Report on sanitation, dispensaries, and jails in Rajputana for 1920, and on vaccination for the year 1920-1921 - 1920-1921
Year: 1920
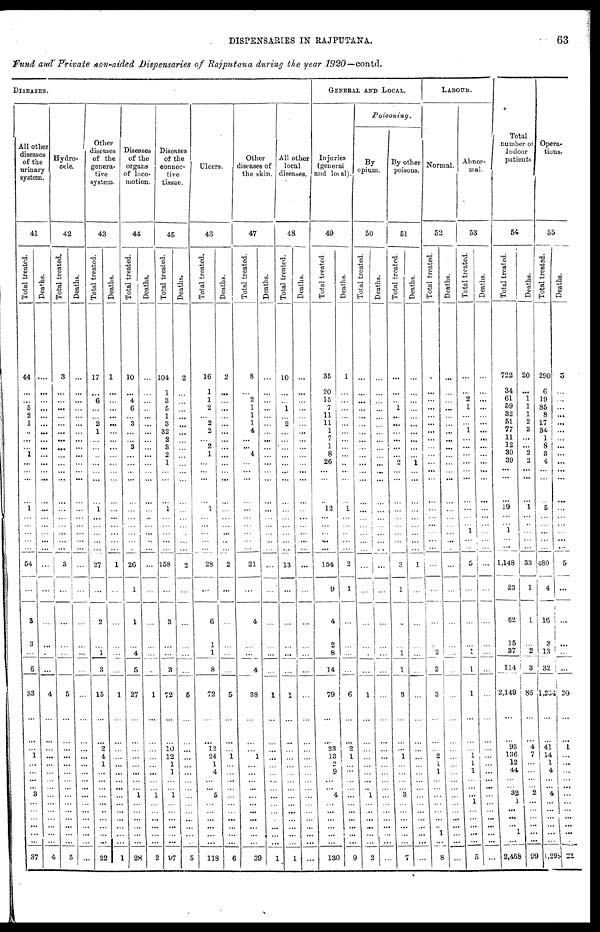
DISPENSARIES IN RAJPUTANA.
63
fund and Private non-aided Dispensaries of Rajputana during the year 1920—contd.
DISEASES.
All other
diseases
of the
urinary
system.
41
Total treated.
44
...
...
5
2
1
...
...
...
1
...
...
...
...
1
...
...
...
...
...
54
...
3
3
...
6
33
...
...
... 1
...
...
...
... 3
...
...
...
...
...
...
37
Deaths.
...
...
...
...
...
...
...
...
...
...
...
...
...
...
...
...
...
...
...
...
...
...
...
...
...
...
4
...
...
...
...
...
...
...
...
...
...
...
...
...
...
...
4
Hydro¬
cele.
42
Total treated.
3
...
...
...
...
...
...
...
...
...
...
...
...
...
...
...
...
...
...
...
3
...
...
...
...
...
5
...
...
...
...
...
...
...
...
...
...
...
...
...
...
...
5
Deaths.
...
...
...
...
...
...
...
...
...
...
...
...
...
...
...
...
...
...
...
...
...
...
...
...
...
...
...
...
...
...
...
...
...
...
...
...
...
...
...
...
...
...
...
Other
diseases
of the
genera-
tive
system.
43
Total treated.
17
...
6
...
...
2
1
...
...
...
...
...
...
...
1
...
...
...
...
...
27
...
2
...
1
3
15
...
...
2
4
1
...
...
...
...
...
...
...
...
...
...
22
Deaths.
1
...
...
...
...
...
...
...
...
...
...
...
...
...
...
...
...
...
...
...
1
...
...
...
...
...
1
...
...
...
...
...
...
...
...
...
...
...
...
...
...
...
1
diseases
of the
organs
of loco-
motion.
44
Total treated.
10
...
4
6
...
3
...
...
3
...
...
...
...
...
...
...
...
...
...
...
26
1
1
...
4
5
27
...
...
...
...
...
...
...
...
1
...
...
...
...
...
...
28
Deaths.
...
...
...
...
...
...
...
...
...
...
...
...
...
...
...
...
...
...
...
...
...
...
...
...
...
...
1
...
...
...
...
...
...
...
...
1
...
...
...
...
...
...
2
Diseases
of the
connec-
tive
tissue.
45
Total treated.
104
1
3
5
1
3
32
2
3
2
1
...
...
...
1
...
...
...
...
...
158
...
3
...
...
3
72
...
...
10
12
1
1
...
...
1
...
...
...
...
...
...
97
Deaths.
2
...
...
...
...
...
...
...
...
...
...
...
...
...
...
...
...
...
...
...
2
...
...
...
...
...
5
...
...
...
...
...
...
...
...
...
...
...
...
...
...
...
5
Ulcers.
46
Total treated.
16
1
1
2
...
2
2
...
2
1
...
...
...
...
1
...
...
...
...
...
28
...
6
1
1
8
72
...
...
12
24
1
4
...
... 5
...
...
...
...
...
...
118
Deaths.
2
...
...
...
...
...
...
...
...
...
...
...
...
...
...
...
...
...
...
...
2
...
...
...
...
...
5
...
...
...
1
...
...
...
...
...
...
...
...
...
...
...
6
Other
diseases of
the skin.
47
Total treated.
8
...
2
1
1
1
4
...
... 4
...
...
...
...
...
...
...
...
...
...
21
...
4
...
...
4
38
...
...
...
1
...
...
...
...
...
...
...
...
...
...
...
39
Deaths.
...
...
...
...
...
...
...
...
...
...
...
...
...
...
...
...
...
...
...
...
...
...
...
...
...
...
1
...
...
...
...
...
...
...
...
...
...
...
...
...
...
...
1
all other
local
diseases.
48
Total treated.
10
...
...
1
...
2
...
...
...
...
...
...
...
...
...
...
...
...
...
...
13
...
...
...
...
...
1
...
...
...
...
...
...
...
...
...
...
...
...
...
...
...
1
Deaths.
...
...
...
...
...
...
...
...
...
...
...
...
...
...
...
...
...
...
...
...
...
...
...
...
...
...
...
...
...
...
...
...
...
...
...
...
...
...
...
...
...
...
...
GENERAL AND LOCAL.
Injuries
(general
and local).
49
Total treated.
35
20
15
7
11
11
1
7
1
8
26
...
...
...
12
...
...
...
...
...
154
9
4
2
8
14
79
...
...
23
13
2
9
...
... 4
...
...
...
...
...
...
130
Deaths.
1
...
...
...
...
...
...
...
...
...
...
...
...
...
1
...
...
...
...
...
2
1
...
...
...
...
6
...
...
2
1
...
...
...
...
...
...
...
...
...
...
...
9
Poisoning.
By
opium.
50
Total treated.
...
...
...
...
...
...
...
...
...
...
...
...
...
...
...
...
...
...
...
...
...
...
...
...
...
...
1
...
...
...
...
...
...
...
... 1
...
...
...
...
...
...
2
Deaths.
...
...
...
...
...
...
...
...
...
...
...
...
...
...
...
...
...
...
...
...
...
...
...
...
...
...
...
...
...
...
...
...
...
...
...
...
...
...
...
...
...
...
...
By other
poisons.
51
Total treated.
...
...
...
1
...
...
...
...
...
... 2
...
...
...
...
...
...
... ...
...
3
1
...
...
1
1
3
...
...
...
1
...
...
...
... 3
...
...
1 ...
...
...
7
Deaths.
...
...
...
...
...
...
...
...
...
...
1
...
...
...
...
...
...
...
...
...
1
...
...
...
...
...
...
...
...
...
...
...
...
...
...
...
...
...
...
...
...
...
...
LABOUR.
Normal.
52
Total treated.
...
...
...
...
...
...
...
...
...
...
...
...
...
...
...
...
...
...
...
...
...
...
...
...
2
2
3
...
...
... 2
1
1
...
...
...
...
...
...
...
1
...
8
Deaths.
...
...
...
...
...
...
...
...
...
...
...
...
...
...
...
...
...
...
...
...
...
...
...
...
...
...
...
...
...
...
...
...
...
...
...
...
...
...
...
...
...
...
...
Abnor-
mal.
53
Total treated.
...
...
2
1
...
...
1
...
...
...
...
...
...
...
...
...
...
1
...
...
5
...
...
...
...
1
1
...
...
... 1
1
1
...
...
... 1
...
...
...
...
...
5
Deaths.
...
...
...
...
...
...
...
...
...
...
...
...
...
...
...
...
...
...
...
...
...
...
...
...
...
...
...
...
...
...
...
...
...
...
...
...
...
...
...
...
...
...
...
Total
number of
Indoor
patients
54
Total treated.
722
34
61
59
32
51
77
11
12
30
39
...
...
...
19
...
...
1
...
...
1,148
23
62
15
37
114
2,149
...
...
93
136
12
44
...
... 32
1
...
...
...
...
...
2,468
Deaths.
20
...
1
1
1
2
3
...
... 2
2
...
...
...
1
...
...
...
...
...
33
1
1
...
2
3
86
...
...
4
7
...
...
...
...
...
...
...
...
...
...
...
99
Opera¬
tions.
55
Total treated.
290
6
19
85
8
17
34
1
8
3
4
...
...
...
5
...
...
...
...
...
480
4
16
3
13
32
l,234
...
...
41
14
1
4
...
... 4
...
...
...
...
...
...
1,298
Deaths.
5
...
...
...
...
...
...
...
...
...
...
...
...
...
...
...
...
...
...
...
5
...
...
...
...
...
20
...
...
1
...
...
...
...
...
...
...
...
...
...
...
...
21